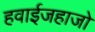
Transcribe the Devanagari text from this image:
हवाईजहाजो